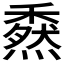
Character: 𥢯